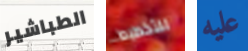
الطباشير للتخطيط عليه